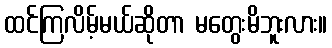
ထင်ကြလိမ့်မယ်ဆိုတာ မတွေးမိဘူးလား။